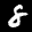
Label: 8